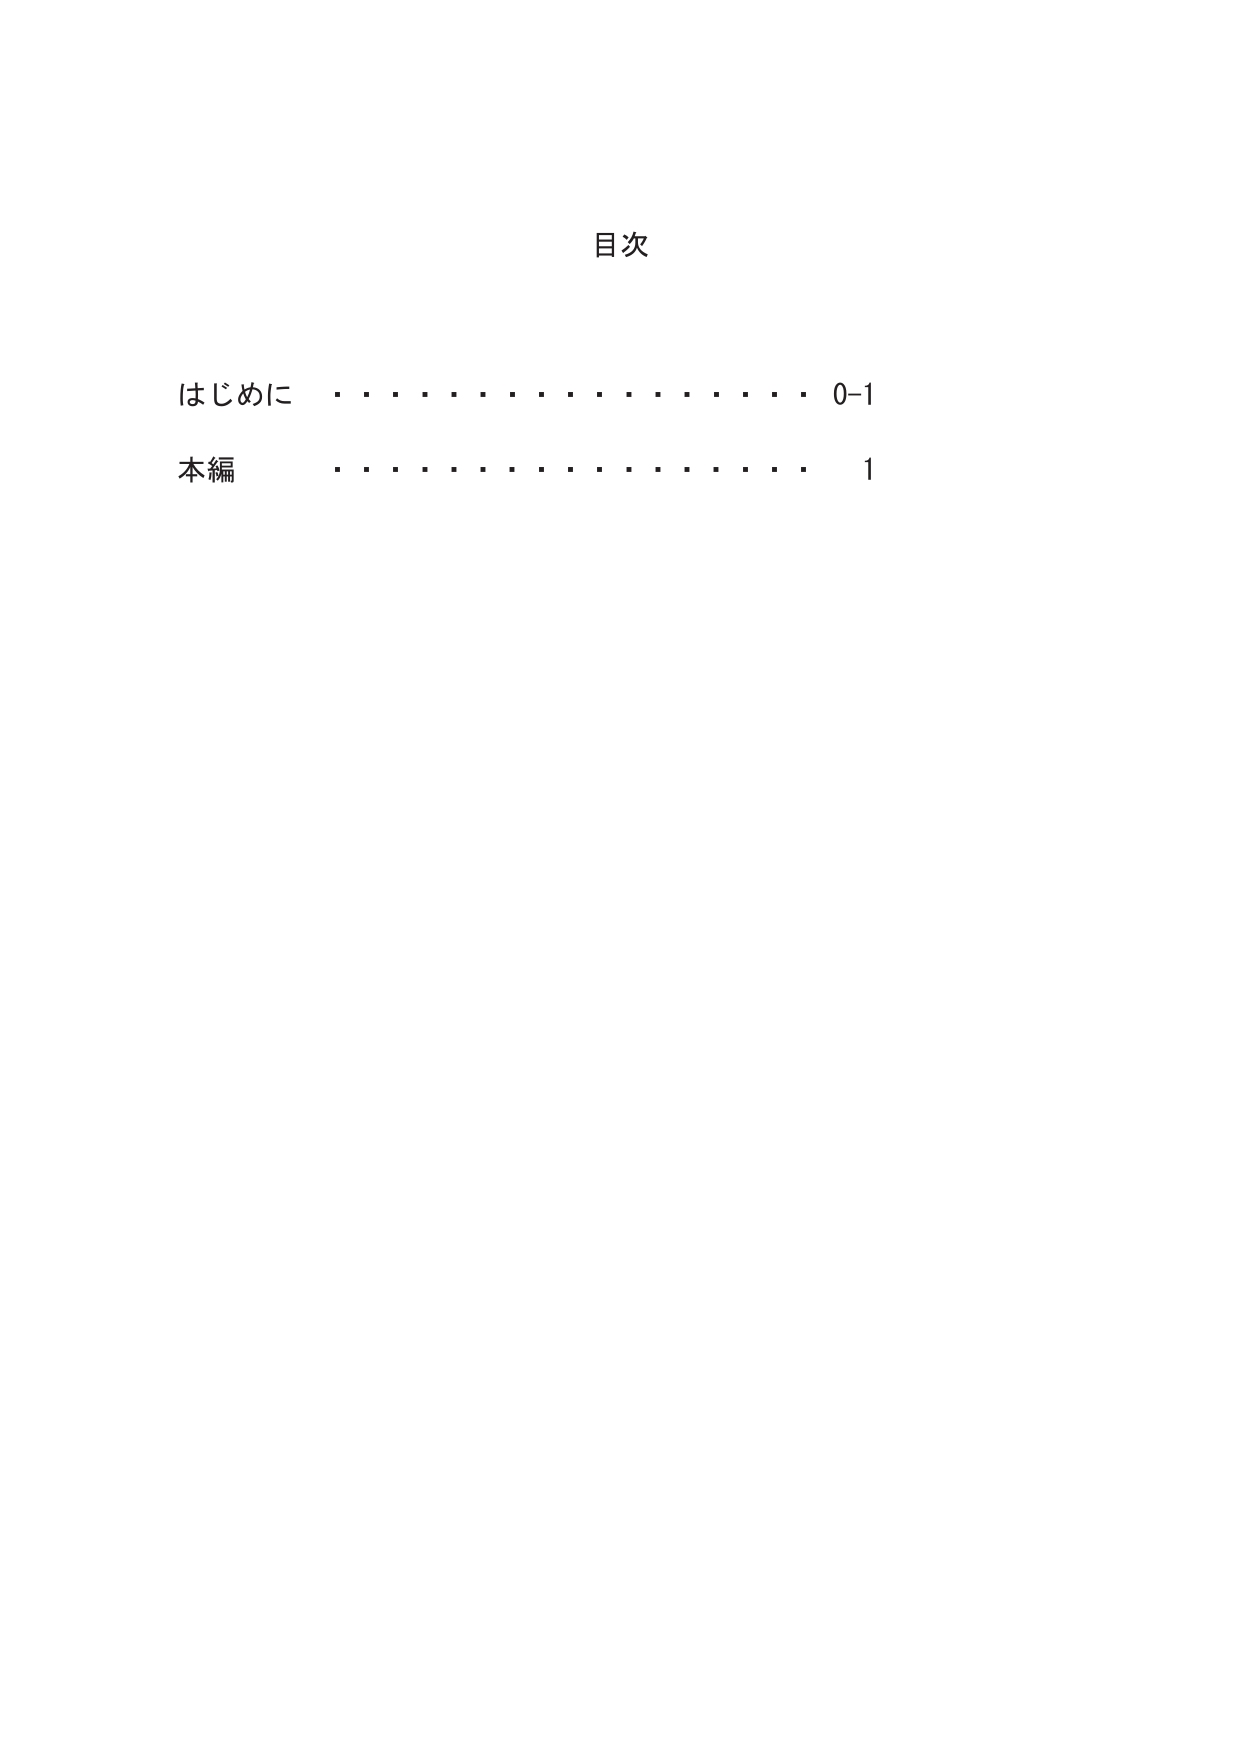
目次
はじめに ・・・・・・・・・・・・・・ 0-1
本編 ・・・・・・・・・・・・・・ 1